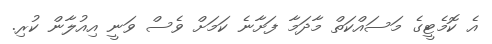
އެ ކޮމެޓީގެ މަސައްކަތް މާދަމާ ފަށާނެ ކަމަށް ވެސް ވަނީ އިއުލާން ކުރި.